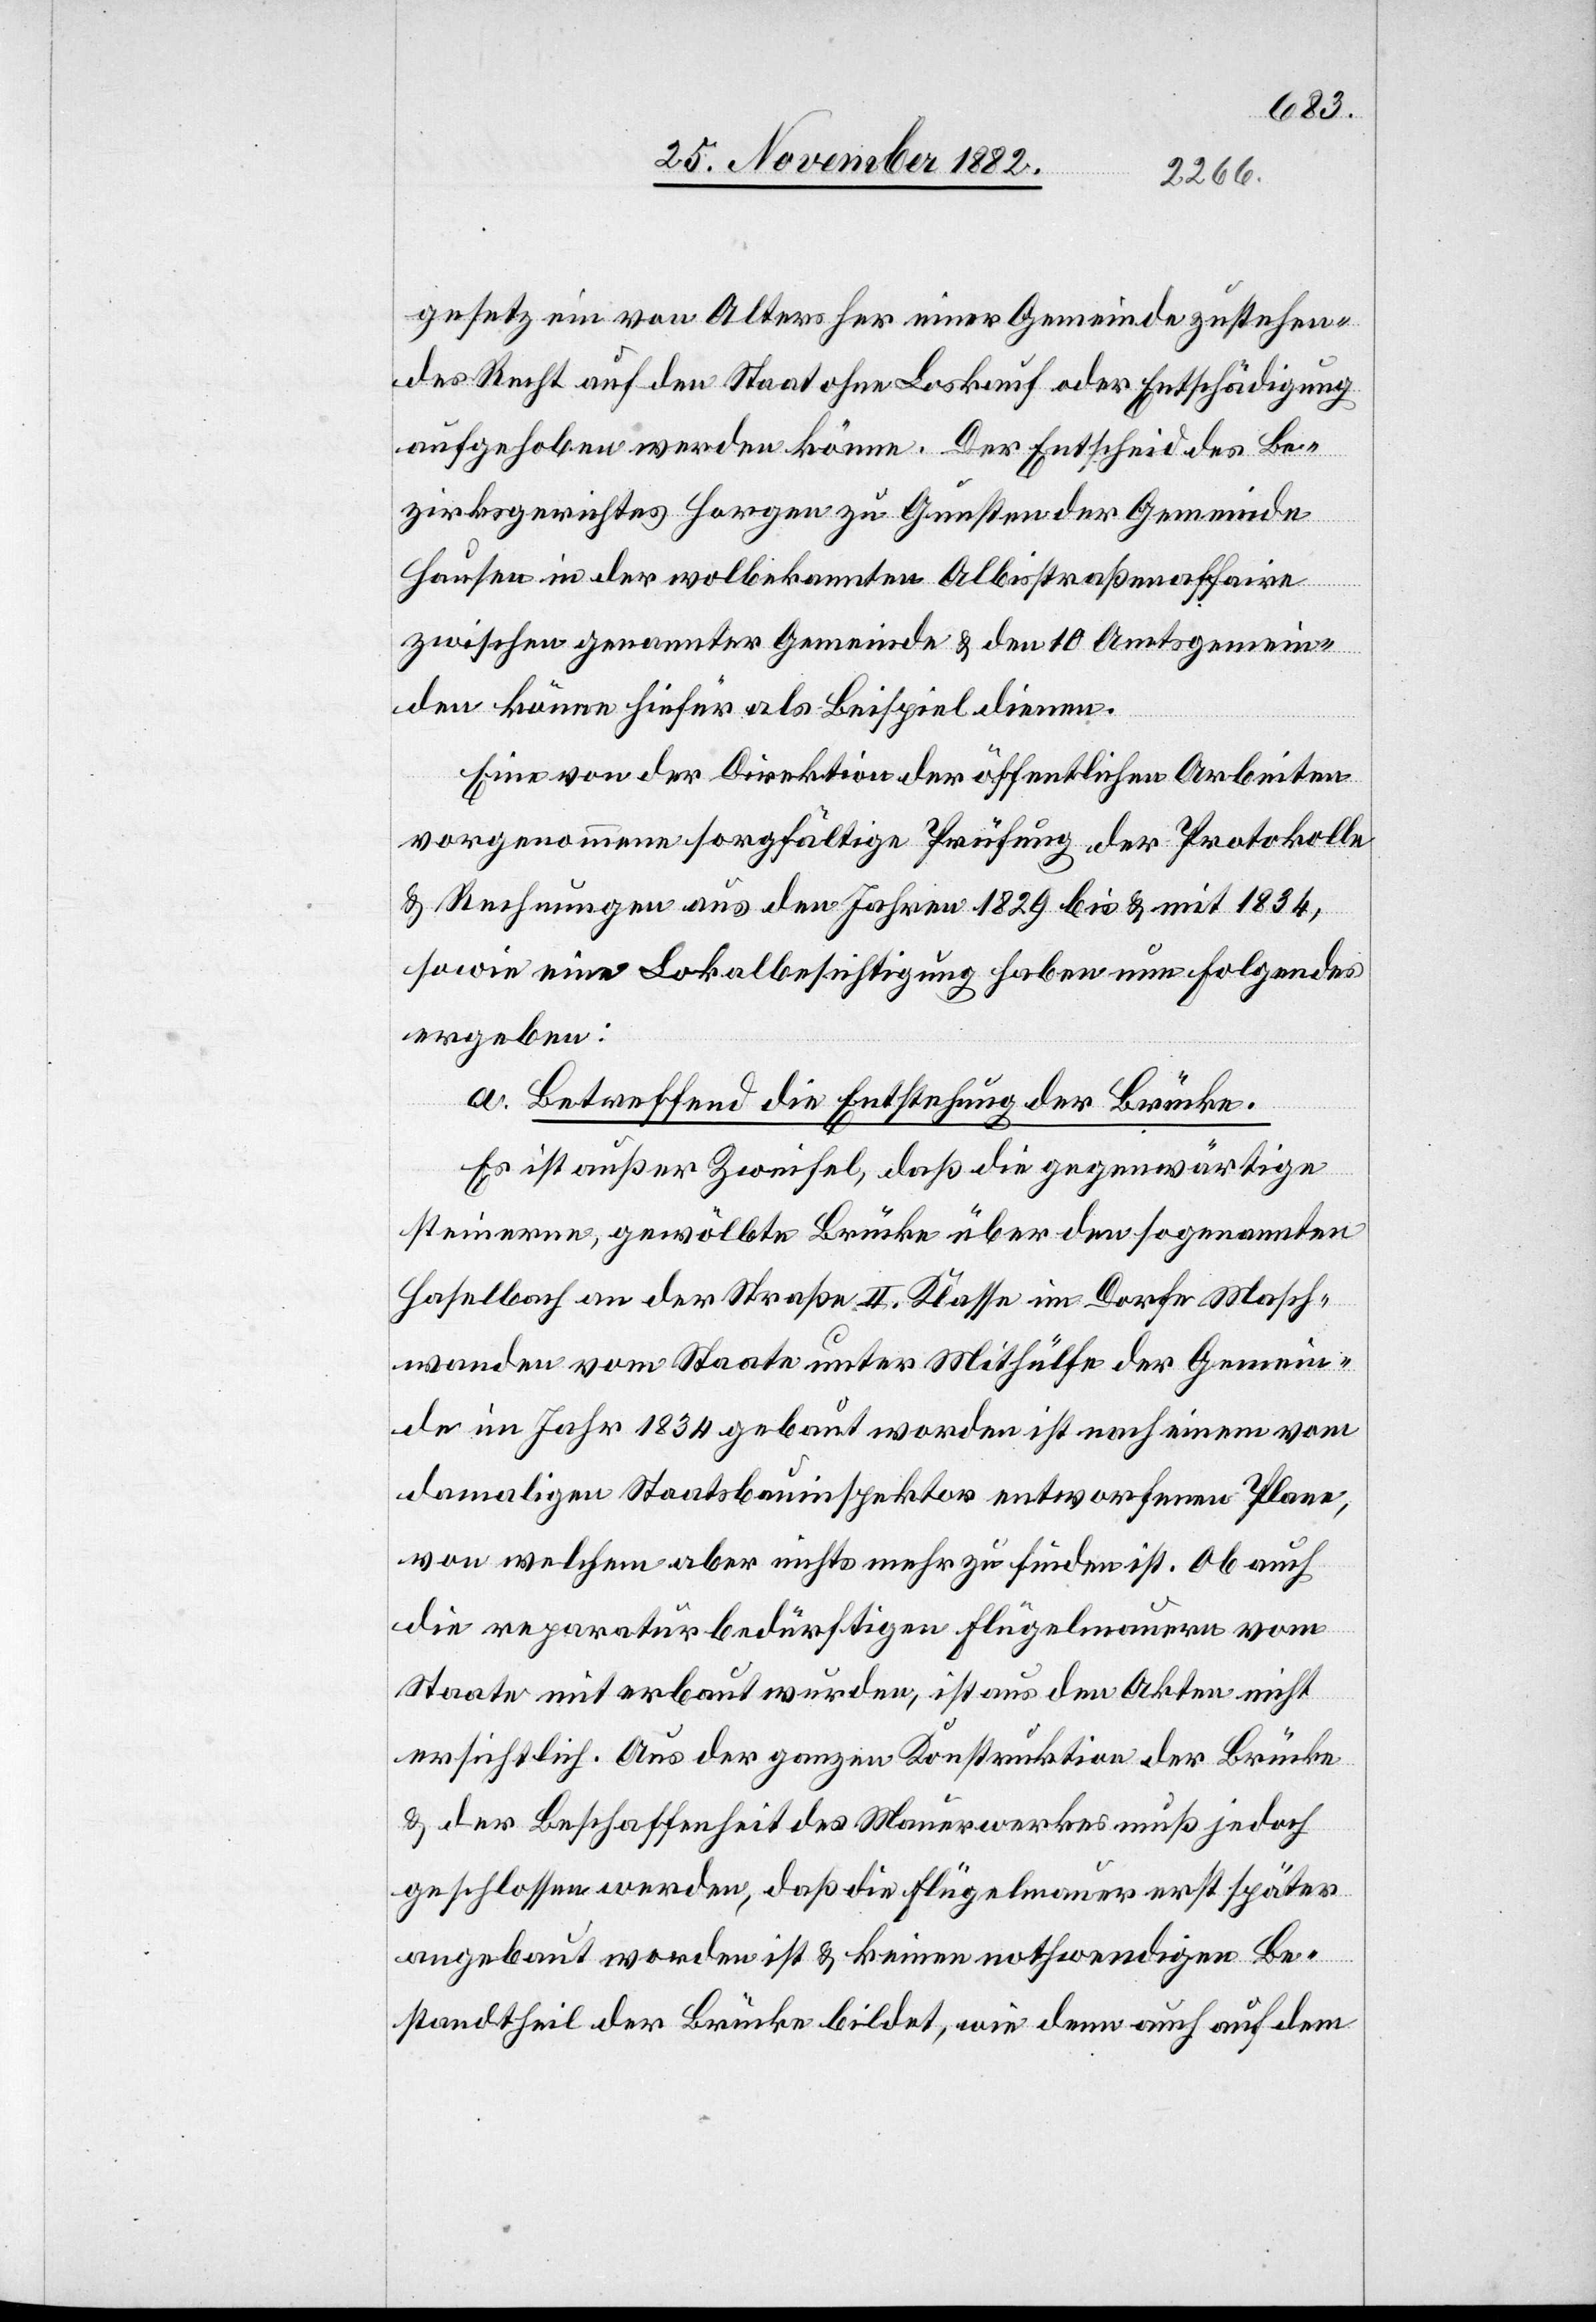
gesetz ein von Alters her einer Gemeinde zustehen¬
des Recht auf den Staat ohne Looskauf oder Entschädigung
aufgehoben werden könne. Der Entscheid des Be¬
zirksgerichtes Horgen zu Gunsten der Gemeinde
Hausen in der wolbekannten Albisstraßenaffaire
zwischen genannter Gemeinde & den 10 Amtsgemein¬
den könne hiefür als Beispiel dienen.
Eine von der Direktion der öffentlichen Arbeiten
vorgenommene sorgfältige Prüfung der Protokolle
& Rechnungen aus den Jahren 1829 bis & mit 1834,
sowie eine Lokalbesichtigung haben nun folgendes
ergeben:
a. Betreffend die Entstehung der Brücke.
Es ist außer Zweifel, daß die gegenwärtige
steinerne, gewölbte Brücke über den sogenannten
Haselbach an der Straße II. Klasse im Dorfe Masch¬
wanden vom Staate unter Mithülfe der Gemein¬
de im Jahr 1834 gebaut worden ist nach einem vom
damaligen Staatsbauinspektor entworfenen Plane,
von welchem aber nichts mehr zu finden ist. Ob auch
die reparaturbedürftigen Flügelmauern vom
Staate miterbaut wurden, ist aus den Akten nicht
ersichtlich. Aus der ganzen Konstruktion der Brücke
& der Beschaffenheit des Mauerwerkes muß jedoch
geschlossen werden, daß die Flügelmauer erst später
angebaut worden ist & keinen nothwendigen Be¬
standtheil der Brücke bildet, wie denn auch auf dem